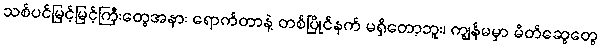
သစ်ပင်မြင့်မြင့်ကြီးတွေအနား ရောက်တာနဲ့ တစ်ပြိုင်နက် မရှိတော့ဘူး၊ ကျွန်မမှာ မိတ်ဆွေတွေ